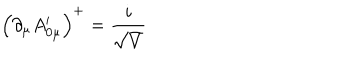
\left( \partial _ { \mu } A _ { 0 \mu } ^ { \prime } \right) ^ { + } = \frac { i } { \sqrt { V } }